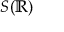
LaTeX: S ( \mathbb { R } )